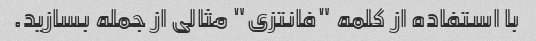
با استفاده از کلمه "فانتزی" مثالی از جمله بسازید.